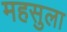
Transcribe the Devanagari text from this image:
महसुला